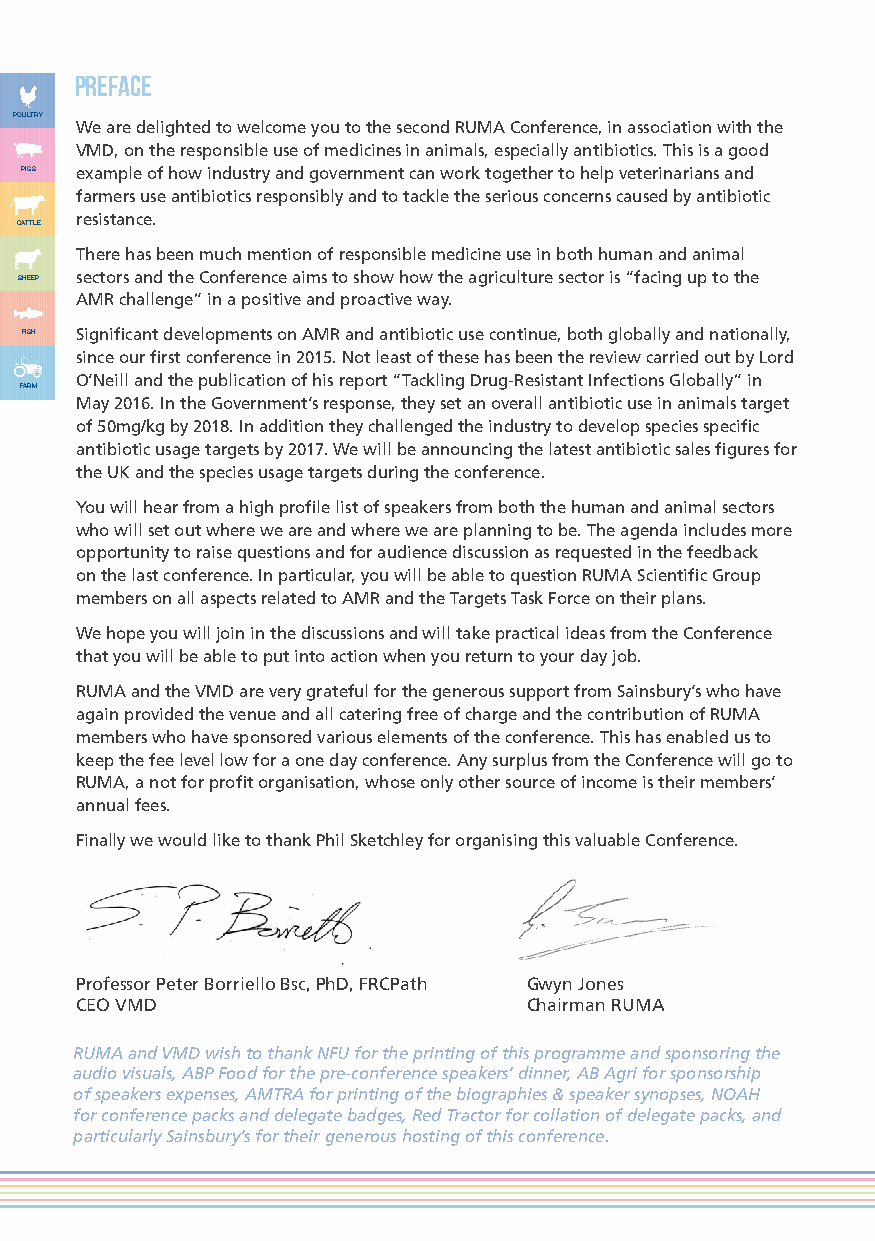
PREFACE
 POULTRY
 We are delighted to welcome you to the second RUMA Conference, in association with the
 VMD, on the responsible use of medicines in animals, especially antibiotics. This is a good
 PIGS example of how industry and government can work together to help veterinarians and
 farmers use antibiotics responsibly and to tackle the serious concerns caused by antibiotic
 resistance.
 CATTLE
 There has been much mention of responsible medicine use in both human and animal
 SHEEP sectors and the Conference aims to show how the agriculture sector is “facing up to the
 AMR challenge” in a positive and proactive way.
 FISH Significant developments on AMR and antibiotic use continue, both globally and nationally,
 since our first conference in 2015. Not least of these has been the review carried out by Lord
 O’Neill and the publication of his report “Tackling Drug-Resistant Infections Globally” in
 FARM
 May 2016. In the Government’s response, they set an overall antibiotic use in animals target
 of 50mg/kg by 2018. In addition they challenged the industry to develop species specific
 antibiotic usage targets by 2017. We will be announcing the latest antibiotic sales figures for
 the UK and the species usage targets during the conference.
 You will hear from a high profile list of speakers from both the human and animal sectors
 who will set out where we are and where we are planning to be. The agenda includes more
 opportunity to raise questions and for audience discussion as requested in the feedback
 on the last conference. In particular, you will be able to question RUMA Scientific Group
 members on all aspects related to AMR and the Targets Task Force on their plans.
 We hope you will join in the discussions and will take practical ideas from the Conference
 that you will be able to put into action when you return to your day job.
 RUMA and the VMD are very grateful for the generous support from Sainsbury’s who have
 again provided the venue and all catering free of charge and the contribution of RUMA
 members who have sponsored various elements of the conference. This has enabled us to
 keep the fee level low for a one day conference. Any surplus from the Conference will go to
 RUMA, a not for profit organisation, whose only other source of income is their members’
 annual fees.
 Finally we would like to thank Phil Sketchley for organising this valuable Conference.
 Professor Peter Borriello Bsc, PhD, FRCPath Gwyn Jones
 CEO VMD                       Chairman RUMA
 RUMA and VMD wish to thank NFU for the printing of this programme and sponsoring the
 audio visuals, ABP Food for the pre-conference speakers’ dinner, AB Agri for sponsorship
 of speakers expenses, AMTRA for printing of the biographies & speaker synopses, NOAH
 for conference packs and delegate badges, Red Tractor for collation of delegate packs, and
 particularly Sainsbury’s for their generous hosting of this conference.